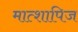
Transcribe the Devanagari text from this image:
मात्शापिज